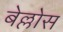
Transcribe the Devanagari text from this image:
बेल्लोस